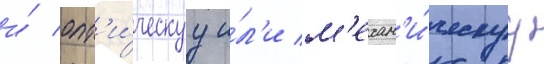
и́ опт'и́ческуу и́л'и м'ехан'и́ческуу